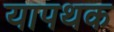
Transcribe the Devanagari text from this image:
यापथक